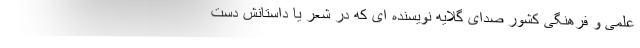
علمی و فرهنگی کشور صدای گلایه نویسنده ای که در شعر یا داستانش دست